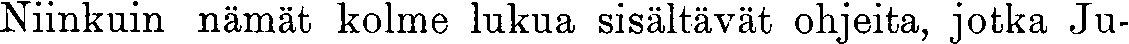
Niinkuin nämät kolme lukua sisältävät ohjeita, jotka Ju-